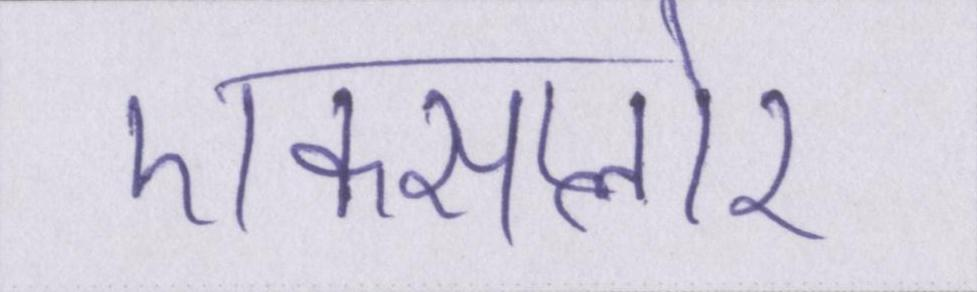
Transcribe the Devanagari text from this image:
एक्सप्लोर